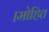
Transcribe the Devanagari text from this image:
।मोहित